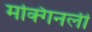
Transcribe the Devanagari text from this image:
मक्गिनली